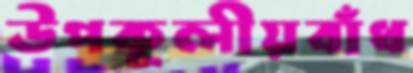
উপকূলীয়বাঁধ